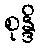
စုန္ဒိ